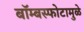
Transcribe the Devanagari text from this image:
बॉम्बस्फोटामुळे